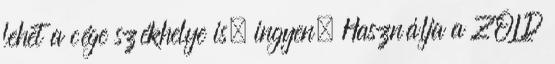
lehet a cége székhelye is, ingyen. Használja a ZÖLD